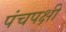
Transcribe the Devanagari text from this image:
पंचपक्षी